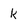
Character: k